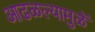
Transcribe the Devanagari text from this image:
आढळल्यामुळें